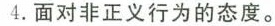
4. 面对非正义行为的态度。